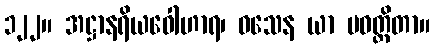
၁၂၂။ အဋ္ဌာနရိယဝေါဟာရ၊ ဝသေန ယာ ပဝတ္တိတာ။